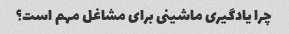
چرا یادگیری ماشینی برای مشاغل مهم است؟